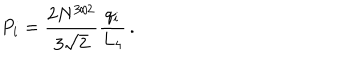
LaTeX: P _ { i } = \frac { 2 N ^ { 3 / 2 } } { 3 \sqrt { 2 } } \frac { q _ { i } } { L _ { 4 } } \, .